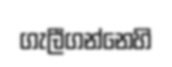
ගැලීගන්නෙහි